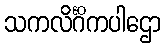
သကလိင်္ဂိကပါဌော